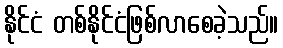
နိုင်ငံ တစ်နိုင်ငံဖြစ်လာစေခဲ့သည်။